Medical and sanitary report of the native army of Madras for the year
Year: 1878
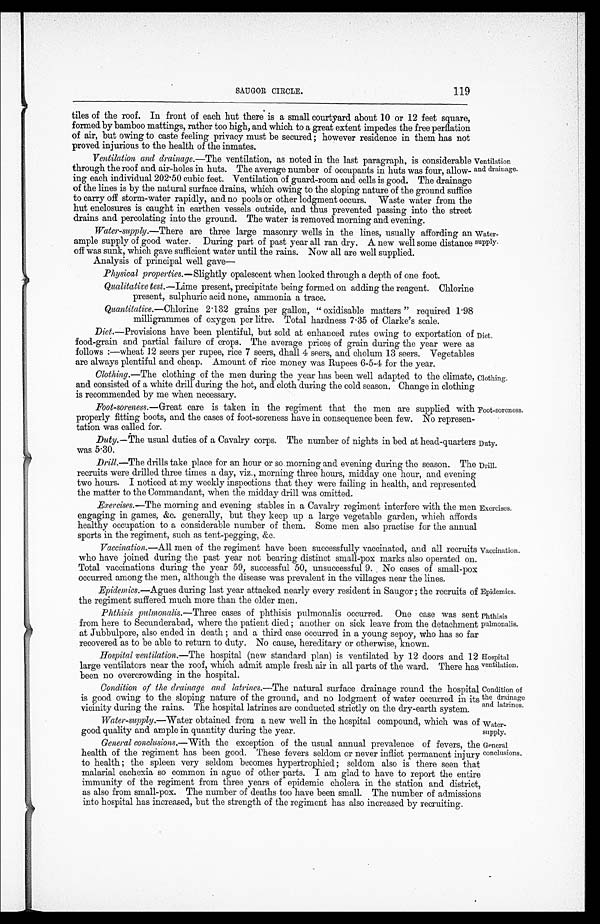
Duty.
Drill.
Epidemics.
Phthisis
pulmonalis.
Hospital
ventilation.
Condition of
the drainage
and latrines.
Water
-supply.
SAUGOR CIRCLE.
119
tiles of the roof. In front of each hut there is a small courtyard about 10 or 12 feet square,
formed by bamboo mattings, rather too high, and which to a great extent impedes the free perflation
of air, but owing to caste feeling privacy must be secured; however residence in them has not
proved injurious to the health of the inmates.
Ventilation and drainage .—The ventilation, as noted in the last paragraph, is considerable
through the roof and air-holes in huts. The average number of occupants in huts was four, allow
-ing each individual 202.50 cubic feet. Ventilation of guard-room and cells is good. The drainage
of the lines is by the natural surface drains, which owing to the sloping nature of the ground suffice
to carry off storm-water rapidly, and no pools or other lodgment occurs. Waste water from the
hut enclosures is caught in earthen vessels outside, and thus prevented passing into the street
drains and percolating into the ground. The water is removed morning and evening.
Water-supply .—There are three large masonry wells in the lines, usually affording an
ample supply of good water. During part of past year all ran dry. A new well some distance
off was sunk, which gave sufficient water until the rains. Now all are well supplied.
Analysis of principal well gave—
Ventilation
and drainage.
Water
-supply.
Physical properties .—Slightly opalescent when looked through a depth of one foot.
Qualitative test .—Lime present, precipitate being formed on adding the reagent. Chlorine
present, sulphuric acid none, ammonia a trace.
Quantitative .—Chlorine 2.132 grains per gallon, "oxidisable matters" required 1.98
milligrammes of oxygen per litre. Total hardness 7.35 of Clarke's scale.
Diet .—Provisions have been plentiful, but sold at enhanced rates owing to exportation of
food-grain and partial failure of crops. The average prices of grain during the year were as
follows :—wheat 12 seers per rupee, rice 7 seers, dhall 4 seers, and cholum 13 seers. Vegetables
are always plentiful and cheap. Amount of rice money was Rupees 6-5-4 for the year.
Clothing .—The clothing of the men during the year has been well adapted to the climate
and consisted of a white drill during the hot, and cloth during the cold season. Change in clothi
n g i s r e c o m m e n d e d b y m e w h e n n e c e s s a r y .
Foot-soreness .—Great care is taken in the regiment that the men are supplied with
properly fitting boots, and the cases of foot-oreness have in consequence been few. No represen
-tation was called for.
Duty.—The usual duties of a Cavalry corps. The number of nights in bed at head-quarters
was 5.30.
Drill.—The drills take place for an hour or so morning and evening during the season. The
recruits were drilled three times a day, viz., morning three hours, midday one hour, and evening
two hours. I noticed at my weekly inspections that they were failing in health, and represented
the matter to the Commandant, when the midday drill was omitted.
Exercises.—The morning and evening stables in a Cavalry regiment interfere with the men
engaging in games, &c. generally, but they keep up a large vegetable garden, which affords
healthy occupation to a considerable number of them. Some men also practise for the annual
sports in the regiment, such as tent-pegging, &c.
Diet.
Foot-soreness.
Exercises.
Clothing.
Vaccination.
Vaccination .—All men or the regiment have been successfully vaccinatecd, and all recruits
who have joined during the past year not bearing distinct small-pox marks also operated on.
Total vaccinations during the year 59, successful 50, unsuccessful 9. No cases of small-pox
occurred among the men, although the disease was prevalent in the villages near the lines.
Epidemics .—Agues during last year attacked nearly every resident in Saugor; the recruits of
the regiment suffered much more than the older men.
Phthisis pulmonalis .—Three cases of phthisis pulmonalis occurred. One case was sent
from here to Secunderabad, where the patient died; another on sick leave from the detachment
at Jubbulpore, also ended in death; and a third case occurred in a young sepoy, who has so far
recovered as to be able to return to duty. No cause, hereditary or otherwise, known.
Hospital ventilation .—The hospital (new standard plan) is ventilated by 12 doors and 12
large ventilators near the roof, which admit ample fresh air in all parts of the ward. There has
overcrowding in the hospital.
Condition of the drainage and latrines .—The natural surface drainage round the hospital
is good owing to the sloping nature of the ground, and no lodgment of water occurred in its
vicinity during the rains. The hospital latrines are conducted strictly on the dry-earth system.
Water-supply .—Water obtained from a new well in the hospital compound, which was of
good quality and ample in quantity during the year.
General conclusions .—With the exception of the usual annual prevalence of fevers, the
health of the regiment has been good. These fevers seldom or never inflict permanent injury
to health; the spleen very seldom becomes hypertrophied; seldom also is there seen that
malarial cachexia so common in ague of other parts. I am glad to have to report the entire
immunity of the regiment from three years of epidemic cholera in the station and district,
as also from small-pox. The number of deaths too have been small. The number of admissions
into hospital has increased, but the strength of the regiment has also increased by recruiting.
General
conclusions.